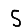
Digit: 5